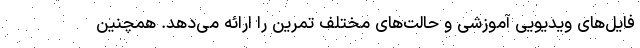
فایل‌های ویدیویی آموزشی و حالت‌های مختلف تمرین را ارائه می‌دهد. همچنین